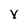
Character: y